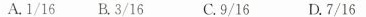
A.1/16B.3/16 C.9/16D.7/16